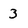
Character: 3